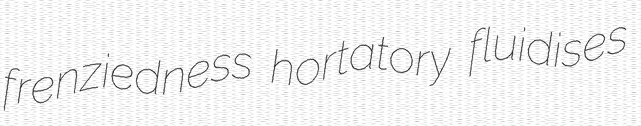
frenziedness hortatory fluidises